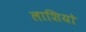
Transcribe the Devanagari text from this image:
लाशियो